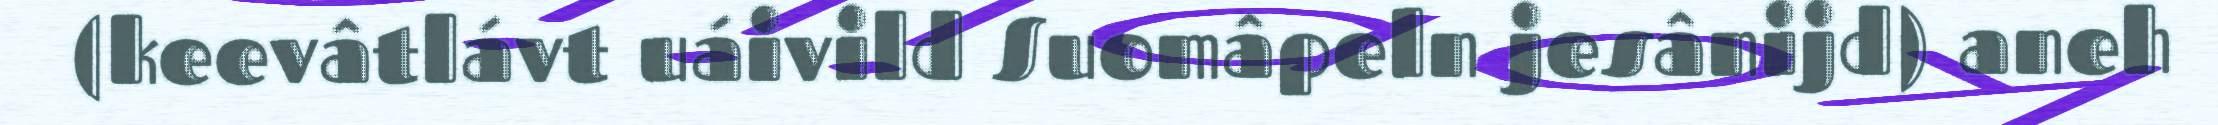
(keevâtlávt uáivild Suomâpeln jesânijd) aneh